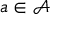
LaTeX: a \in { \mathcal { A } }